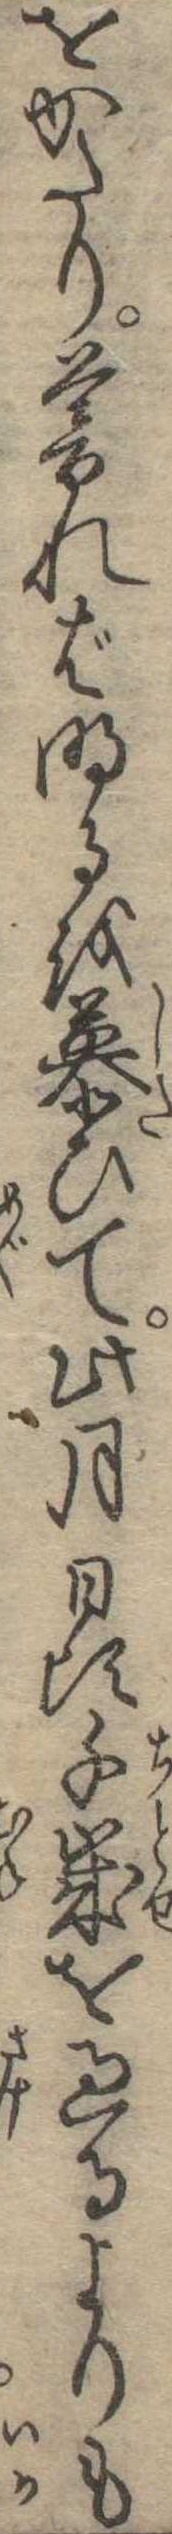
をかたり暮れば明るを慕ひて此月日頃千歳を過るよりも